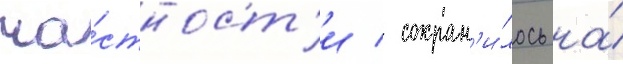
ча́стност'и / сохран'и́лось на́